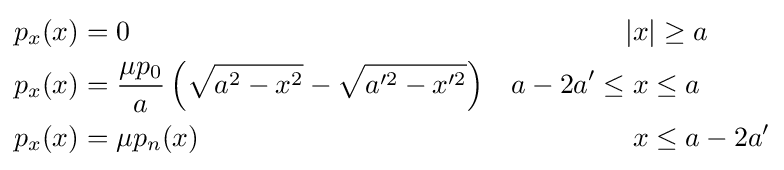
{\begin{aligned}p_{x}(x)&=0&|&x|\geq a\\p_{x}(x)&={\frac {\mu p_{0}}{a}}\left({\sqrt {a^{2}-x^{2}}}-{\sqrt {a'^{2}-x'^{2}}}\right)&a-2a'\leq {}&x\leq a\\p_{x}(x)&=\mu p_{n}(x)&&x\leq a-2a'\end{aligned}}